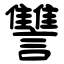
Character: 讐